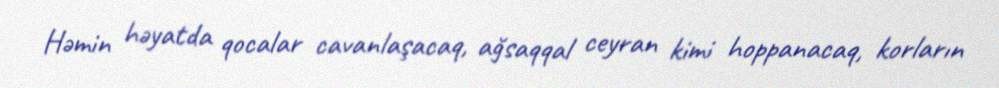
Həmin həyatda qocalar cavanlaşacaq, ağsaqqal ceyran kimi hoppanacaq, korların